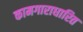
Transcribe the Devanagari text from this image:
कामगाराधारित